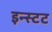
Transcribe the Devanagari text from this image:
इन्स्टट